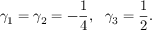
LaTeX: \gamma _ { 1 } = \gamma _ { 2 } = - \frac { 1 } { 4 } , ~ ~ \gamma _ { 3 } = \frac { 1 } { 2 } .